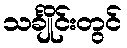
သင်္ချိုင်းတွင်